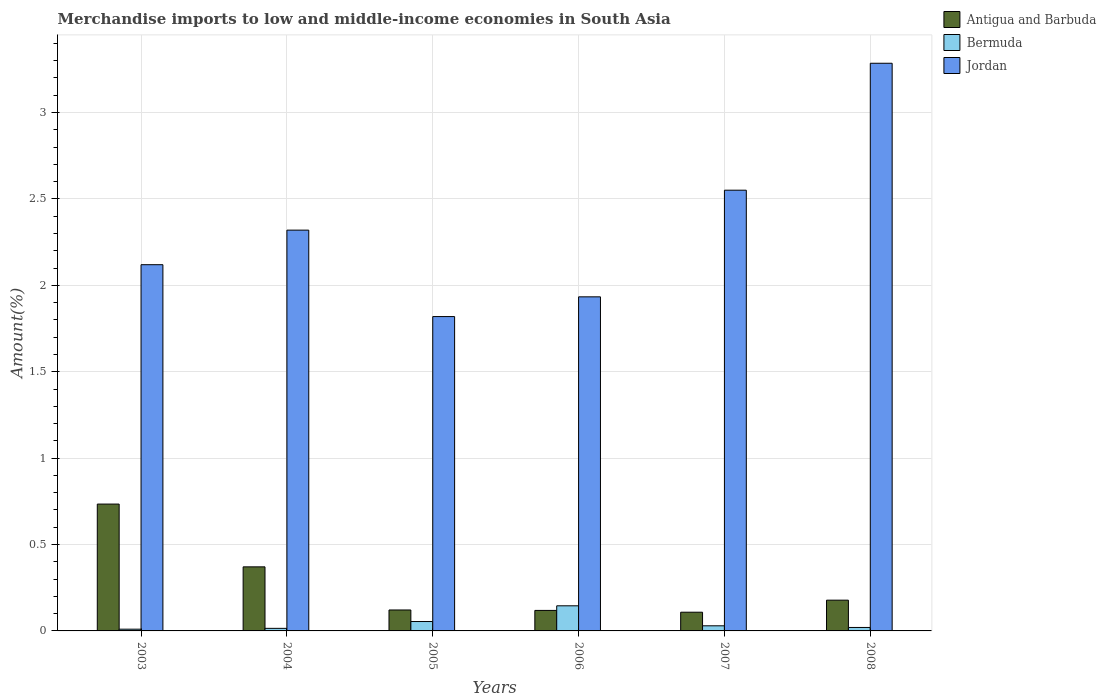
| Years | Antigua and Barbuda | Bermuda | Jordan |
 | --- | --- | --- | --- |
 | 2003 | 0.734 | 0.0101 | 2.12 |
 | 2004 | 0.371 | 0.0149 | 2.32 |
 | 2005 | 0.121 | 0.0544 | 1.82 |
 | 2006 | 0.119 | 0.145 | 1.93 |
 | 2007 | 0.108 | 0.0296 | 2.55 |
 | 2008 | 0.178 | 0.02 | 3.29 |